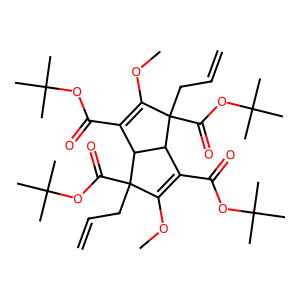
SMILES: C=CCC1(C(=O)OC(C)(C)C)C(OC)=C(C(=O)OC(C)(C)C)C2C1C(C(=O)OC(C)(C)C)=C(OC)C2(CC=C)C(=O)OC(C)(C)C
Inhibits HIV replication: No